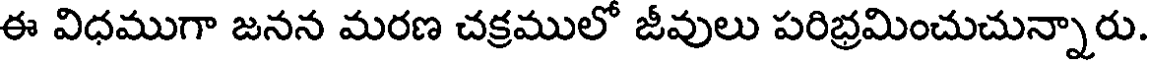
ఈ విధముగా జనన మరణ చక్రములో జీవులు పరిభ్రమించుచున్నారు.